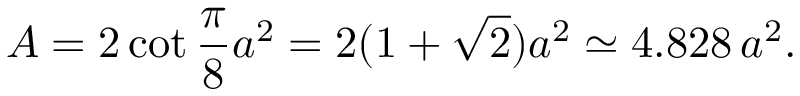
A = 2 \cot { \frac { \pi } { 8 } } a ^ { 2 } = 2 ( 1 + { \sqrt { 2 } } ) a ^ { 2 } \simeq 4 . 8 2 8 \, a ^ { 2 } .